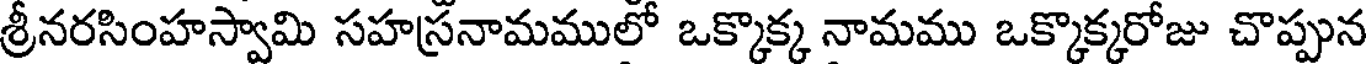
శ్రీనరసింహస్వామి సహస్రనామములో ఒక్కొక్క నామము ఒక్కొక్కరోజు చొప్పున